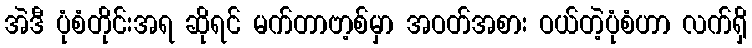
အဲဒီ ပုံစံတိုင်းအရ ဆိုရင် မက်တာဗာ့စ်မှာ အဝတ်အစား ဝယ်တဲ့ပုံစံဟာ လက်ရှိ